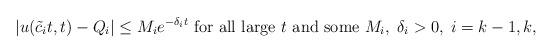
LaTeX: \begin{align*} |u(\tilde c_i t, t)-Q_i|\leq M_i e^{-\delta_i t} \mbox{ for all large $t$ and some $M_i,\; \delta_i>0$},\; i=k-1, k, \end{align*}